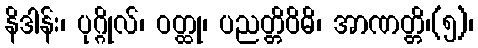
နိဒါန်း၊ ပုဂ္ဂိုလ်၊ ဝတ္ထု၊ ပညတ္တိဝိဓိ၊ အာဏတ္တိ၊(၅)၊